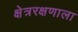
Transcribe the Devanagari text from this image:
क्षेत्ररक्षणाला